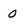
Character: 0